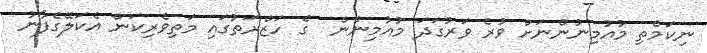
ނިކަމެތި މުއުމިނުންނަށް ވުރެ ވަރުގަދަ މުއުމިނުން  ގެ ހަޒްރަތުގައި މަތިވެރިކަން އެކަލޭގެފާނު